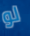
لو